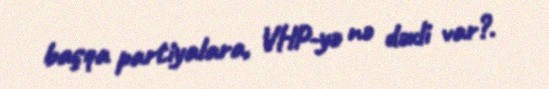
başqa partiyalara, VHP-yə nə dəxli var?.